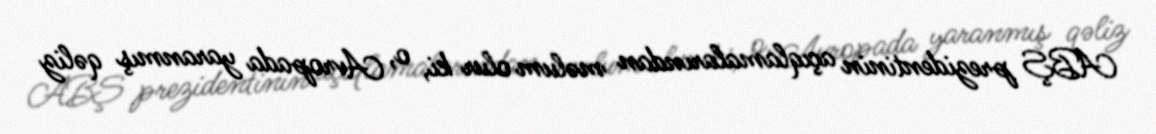
ABŞ prezidentinin açıqlamalarından məlum olur ki, o, Avropada yaranmış qəliz